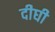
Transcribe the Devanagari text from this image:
दीघी